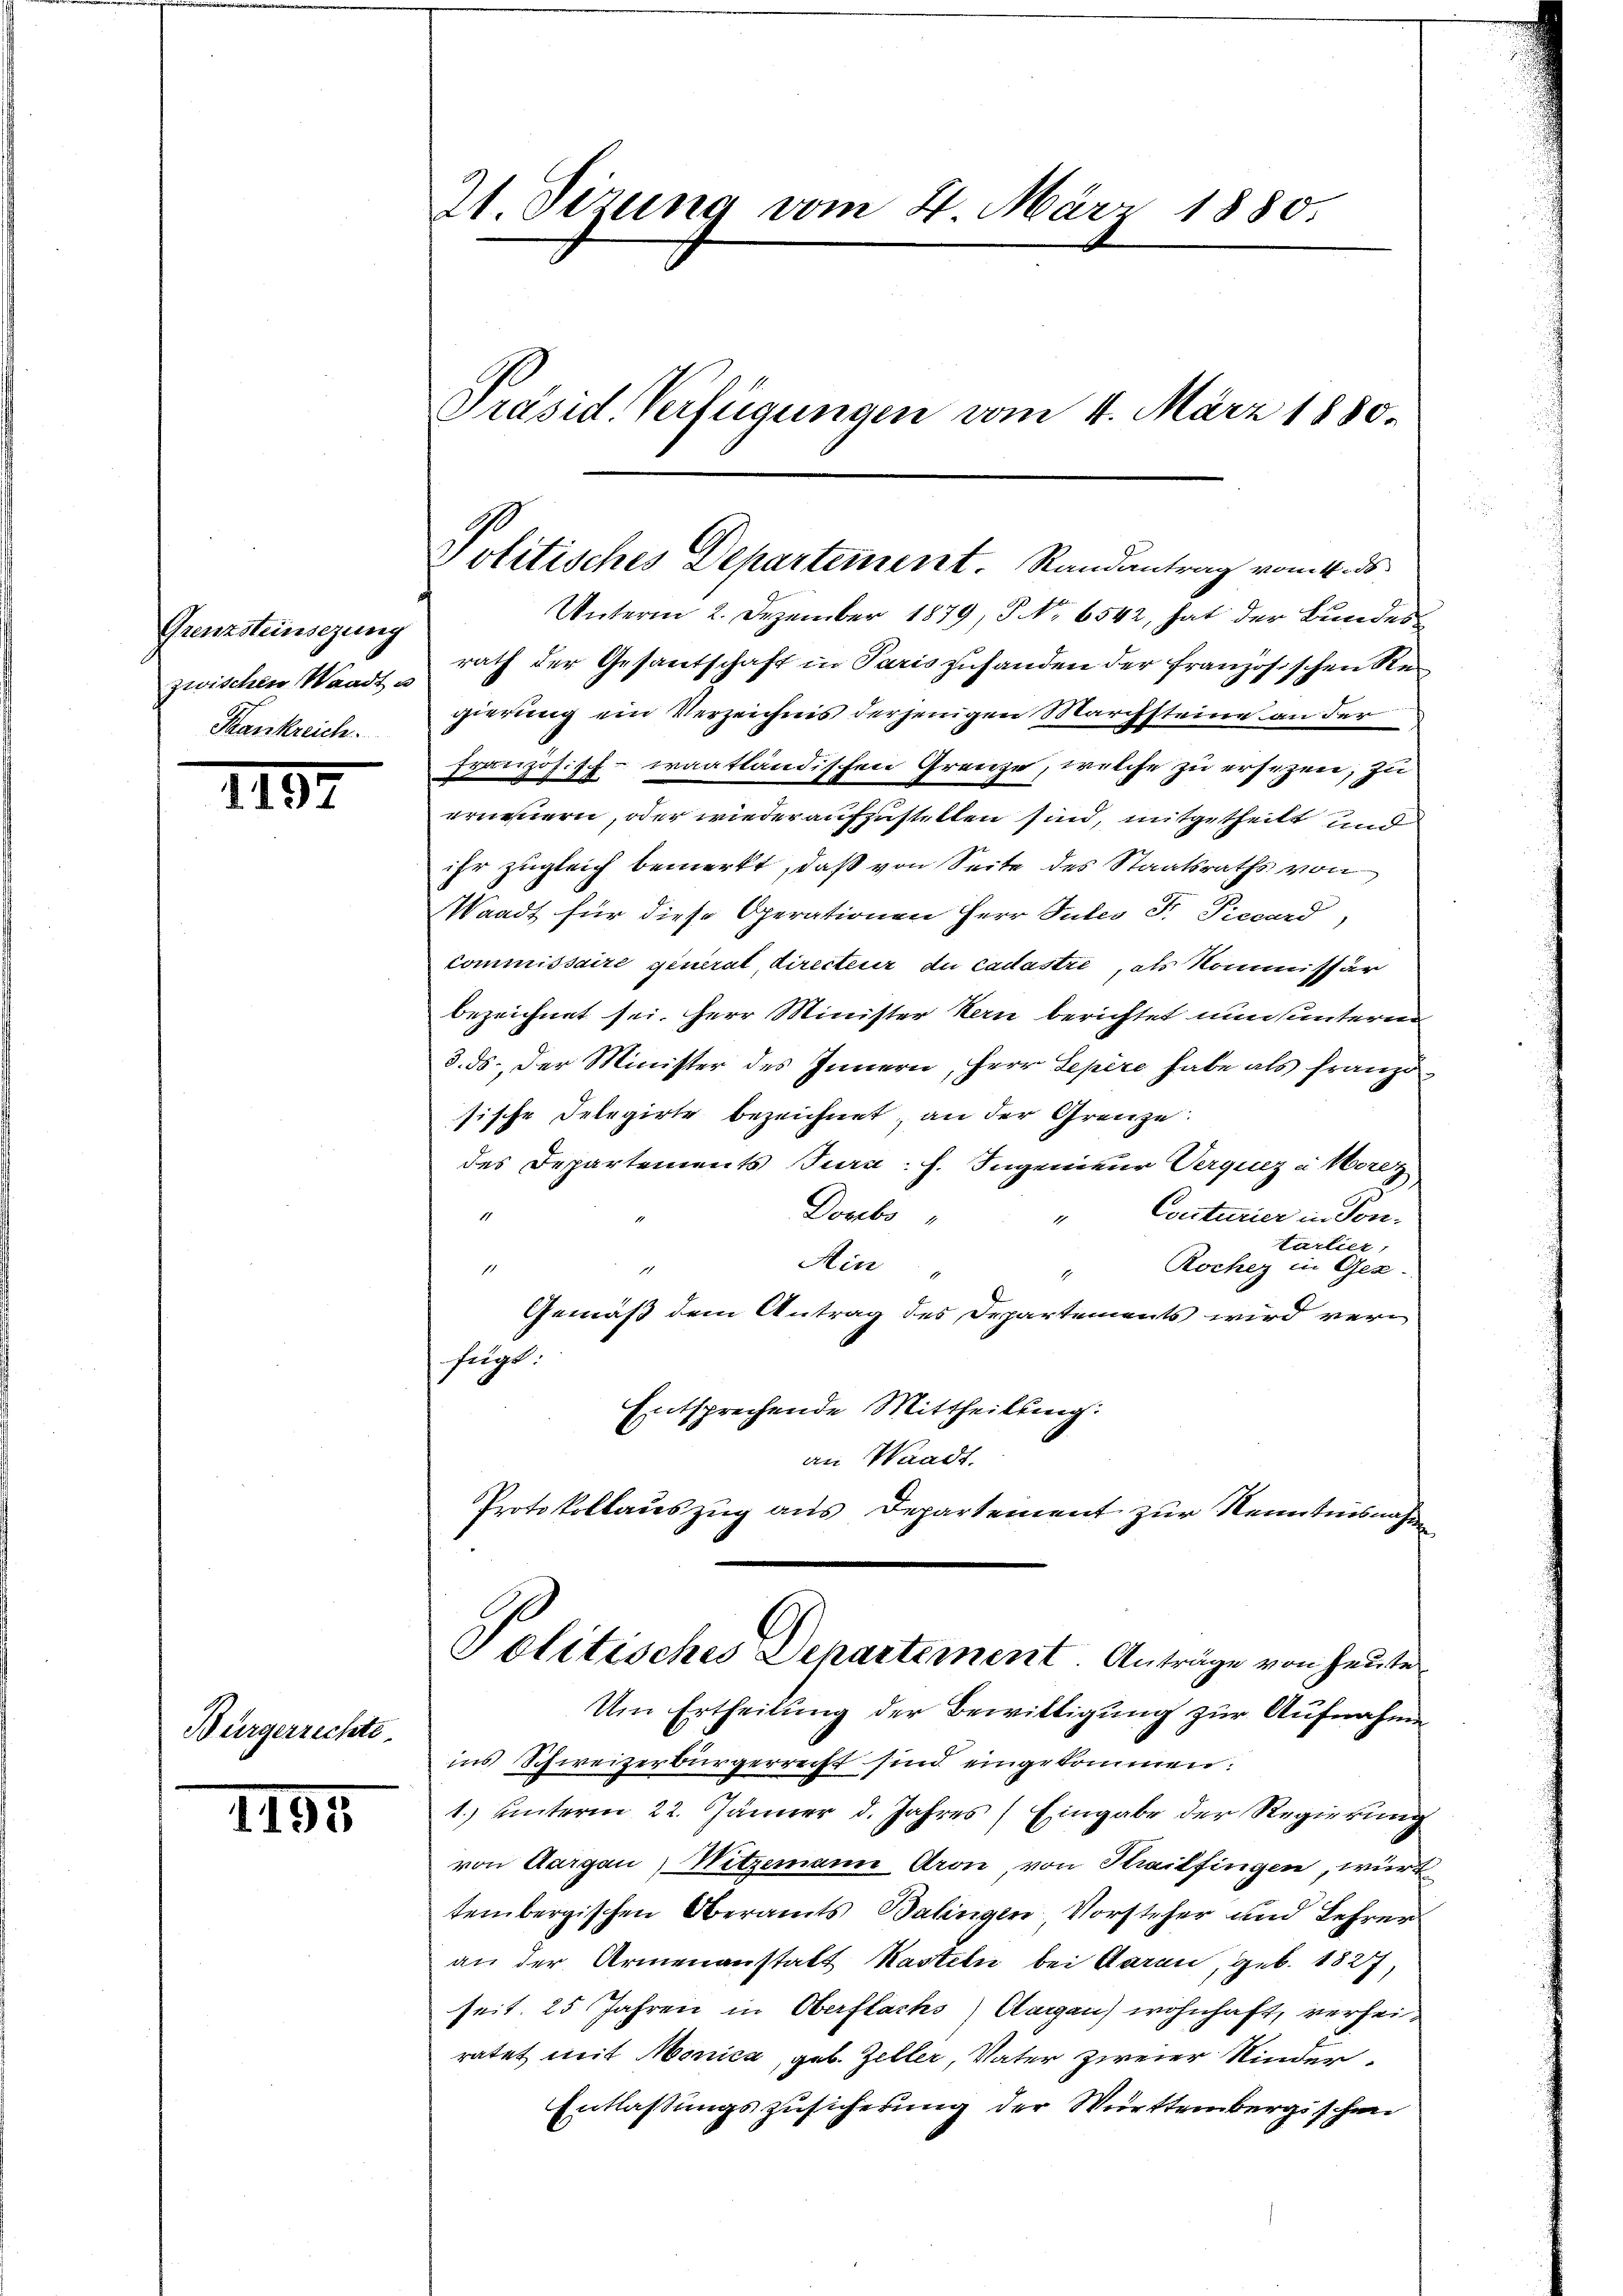
Grenzsteinsezung
zwischen Waadt u
Krankreich.

1197

Bürgerrechte

1195

21. Sizung vom 4. März 1880.

Präsid Verfügungen vom 4. März 1880.

Politisches Departement Randantrag vom 4. ds.

Unterm 2. Dezember 1879, S. 6542, hat der Bundes
rath der Gesantschaft in Paris zuhanden der französischen Regierung ein Verzeichnis derjenigen Marchsteine an der
französisch-taatländischen Grenze, welche zu ersezen, zu
erneuern, oder wieder aufzustellen sind, mitgetheilt und
ihr zugleich bemerkt, daß von Seite des Staatsraths von
Waadt für diese Operationen Herr Gutes F. Precard
commissaire general directeur du cadastre, als Kommissär
bezeichnet sei. Herr Minister Kern berichtet nun unterm
3. ds., der Minister des Innern, Herr Sepère habe als franze
sische Delegirte bezeichnet, an der Grenze:
des Departements Jura. f. Ingenieur Verqueza Morez
Dovebo
Conturier in Kon¬
1
tarlier,
Ain
Rochez in Gez-
1
1
1
Gemäß dem Antrag des Departements wird verfügt:
Entsprechende Mittheilung:
an Waadt.
Protokollauszug aus Departement zur Kenntnisnahme
Politisches Departement. Anträge von heute
Um Ertheilung der Bewittigung zur Aufnahme
ins Schweizerbürgerrecht sind eingekommen:
1.) unterm 22. Jänner d. Jahres (Eingabe der Regierung
von Aargau, Witzemann Aron, von Krailfingen, würd
tembergischen Oberamts Balingen Vorsteher und Lehrer
an der Armenanstalt Kasteln bei Garan, geb. 1827,
seit. 25 Jahren in Oberflachs) Aargau) wohnhaft, verheiratet mit Monica, geb. Zeller, Vater zweier Kinder¬
Entlassungszusicherung der Württembergischen